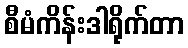
စီမံကိန်းဒါရိုက်တာ